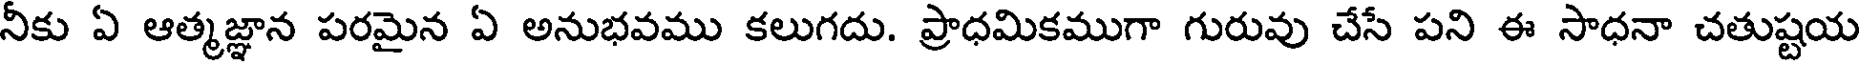
నీకు ఏ ఆత్మజ్ఞాన పరమైన ఏ అనుభవము కలుగదు. ప్రాధమికముగా గురువు చేసే పని ఈ సాధనా చతుష్టయ